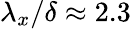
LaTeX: {\lambda}_{x}/\delta\approx 2.3